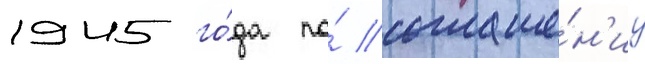
1945 го́да по́ соглаше́н'иу